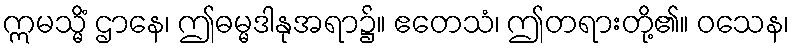
ဣမသ္မိံ ဌာနေ၊ ဤဓမ္မဒါနုအရာ၌။ ဧတေသံ၊ ဤတရားတို့၏။ ဝသေန၊